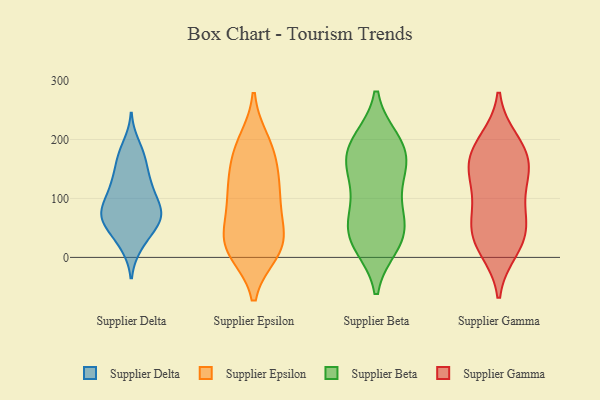
{"axis": {"x": "Gross Profit (USD K)", "y": "Value"}, "legend": ["Supplier Beta", "Supplier Delta", "Supplier Epsilon", "Supplier Gamma"], "data": [{"x": "", "y": 173, "type": "Supplier Delta"}, {"x": "", "y": 20, "type": "Supplier Delta"}, {"x": "", "y": 51, "type": "Supplier Delta"}, {"x": "", "y": 82, "type": "Supplier Delta"}, {"x": "", "y": 52, "type": "Supplier Delta"}, {"x": "", "y": 59, "type": "Supplier Delta"}, {"x": "", "y": 23, "type": "Supplier Delta"}, {"x": "", "y": 124, "type": "Supplier Delta"}, {"x": "", "y": 125, "type": "Supplier Delta"}, {"x": "", "y": 93, "type": "Supplier Delta"}, {"x": "", "y": 85, "type": "Supplier Delta"}, {"x": "", "y": 74, "type": "Supplier Delta"}, {"x": "", "y": 113, "type": "Supplier Delta"}, {"x": "", "y": 78, "type": "Supplier Delta"}, {"x": "", "y": 168, "type": "Supplier Delta"}, {"x": "", "y": 156, "type": "Supplier Delta"}, {"x": "", "y": 66, "type": "Supplier Delta"}, {"x": "", "y": 128, "type": "Supplier Delta"}, {"x": "", "y": 190, "type": "Supplier Delta"}, {"x": "", "y": 67, "type": "Supplier Delta"}, {"x": "", "y": 106, "type": "Supplier Epsilon"}, {"x": "", "y": 27, "type": "Supplier Epsilon"}, {"x": "", "y": 126, "type": "Supplier Epsilon"}, {"x": "", "y": 22, "type": "Supplier Epsilon"}, {"x": "", "y": 21, "type": "Supplier Epsilon"}, {"x": "", "y": 36, "type": "Supplier Epsilon"}, {"x": "", "y": 11, "type": "Supplier Epsilon"}, {"x": "", "y": 10, "type": "Supplier Epsilon"}, {"x": "", "y": 89, "type": "Supplier Epsilon"}, {"x": "", "y": 186, "type": "Supplier Epsilon"}, {"x": "", "y": 196, "type": "Supplier Epsilon"}, {"x": "", "y": 153, "type": "Supplier Epsilon"}, {"x": "", "y": 115, "type": "Supplier Epsilon"}, {"x": "", "y": 72, "type": "Supplier Epsilon"}, {"x": "", "y": 177, "type": "Supplier Epsilon"}, {"x": "", "y": 63, "type": "Supplier Beta"}, {"x": "", "y": 168, "type": "Supplier Beta"}, {"x": "", "y": 32, "type": "Supplier Beta"}, {"x": "", "y": 34, "type": "Supplier Beta"}, {"x": "", "y": 140, "type": "Supplier Beta"}, {"x": "", "y": 159, "type": "Supplier Beta"}, {"x": "", "y": 78, "type": "Supplier Beta"}, {"x": "", "y": 26, "type": "Supplier Beta"}, {"x": "", "y": 197, "type": "Supplier Beta"}, {"x": "", "y": 162, "type": "Supplier Beta"}, {"x": "", "y": 198, "type": "Supplier Beta"}, {"x": "", "y": 123, "type": "Supplier Beta"}, {"x": "", "y": 196, "type": "Supplier Beta"}, {"x": "", "y": 71, "type": "Supplier Beta"}, {"x": "", "y": 21, "type": "Supplier Beta"}, {"x": "", "y": 135, "type": "Supplier Gamma"}, {"x": "", "y": 52, "type": "Supplier Gamma"}, {"x": "", "y": 166, "type": "Supplier Gamma"}, {"x": "", "y": 61, "type": "Supplier Gamma"}, {"x": "", "y": 141, "type": "Supplier Gamma"}, {"x": "", "y": 21, "type": "Supplier Gamma"}, {"x": "", "y": 177, "type": "Supplier Gamma"}, {"x": "", "y": 144, "type": "Supplier Gamma"}, {"x": "", "y": 68, "type": "Supplier Gamma"}, {"x": "", "y": 198, "type": "Supplier Gamma"}, {"x": "", "y": 101, "type": "Supplier Gamma"}, {"x": "", "y": 13, "type": "Supplier Gamma"}, {"x": "", "y": 188, "type": "Supplier Gamma"}, {"x": "", "y": 31, "type": "Supplier Gamma"}]}